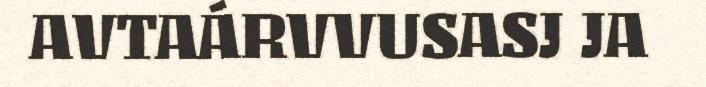
AVTAÁRVVUSASJ JA